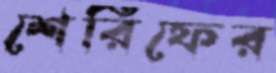
শেরিফের